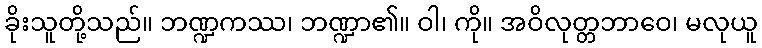
ခိုးသူတို့သည်။ ဘဏ္ဍကဿ၊ ဘဏ္ဍာ၏။ ဝါ၊ ကို။ အဝိလုတ္တဘာဝေ၊ မလုယူ